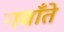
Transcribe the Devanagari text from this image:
गवाँते